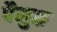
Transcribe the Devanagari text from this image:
पैमुक